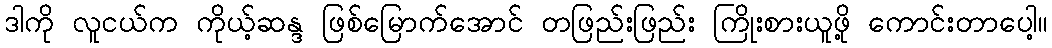
ဒါကို လူငယ်က ကိုယ့်ဆန္ဒ ဖြစ်မြောက်အောင် တဖြည်းဖြည်း ကြိုးစားယူဖို့ ကောင်းတာပေါ့။